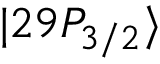
| 2 9 P _ { 3 / 2 } \rangle